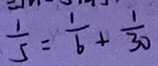
\frac { 1 } { 5 } = \frac { 1 } { 6 } + \frac { 1 } { 3 0 }